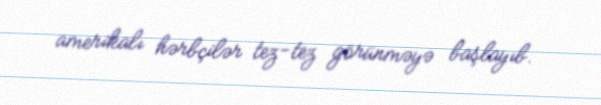
amerikalı hərbçilər tez-tez görünməyə başlayıb.